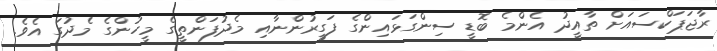
ރާޖަޕަކްސައަށް ތާއީދު އެންމެ ބޮޑީ ސިންގަޅައިންގެ ފަގީރުންނާއި މެދުފަންތީގެ މީހުންގެ މެދުގަ އެވެ.